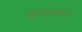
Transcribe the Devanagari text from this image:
खण्डनकर